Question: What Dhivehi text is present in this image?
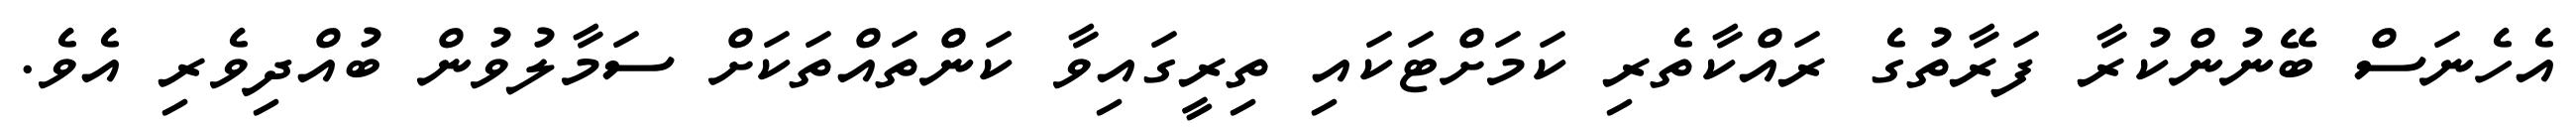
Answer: އެހެނަސް ބޭނުންކުރާ ފަރާތުގެ ރައްކާތެރި ކަމަށްޓަކައި ތިރީގައިވާ ކަންތައްތަކަށް ސަމާލުވުން ބުއްދިވެރި އެވެ.